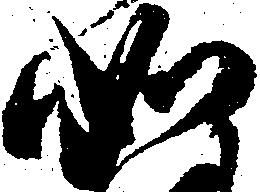
如